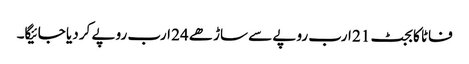
فاٹا کا بجٹ 21 ارب روپے سے ساڑھے 24 ارب روپے کر دیا جائیگا۔